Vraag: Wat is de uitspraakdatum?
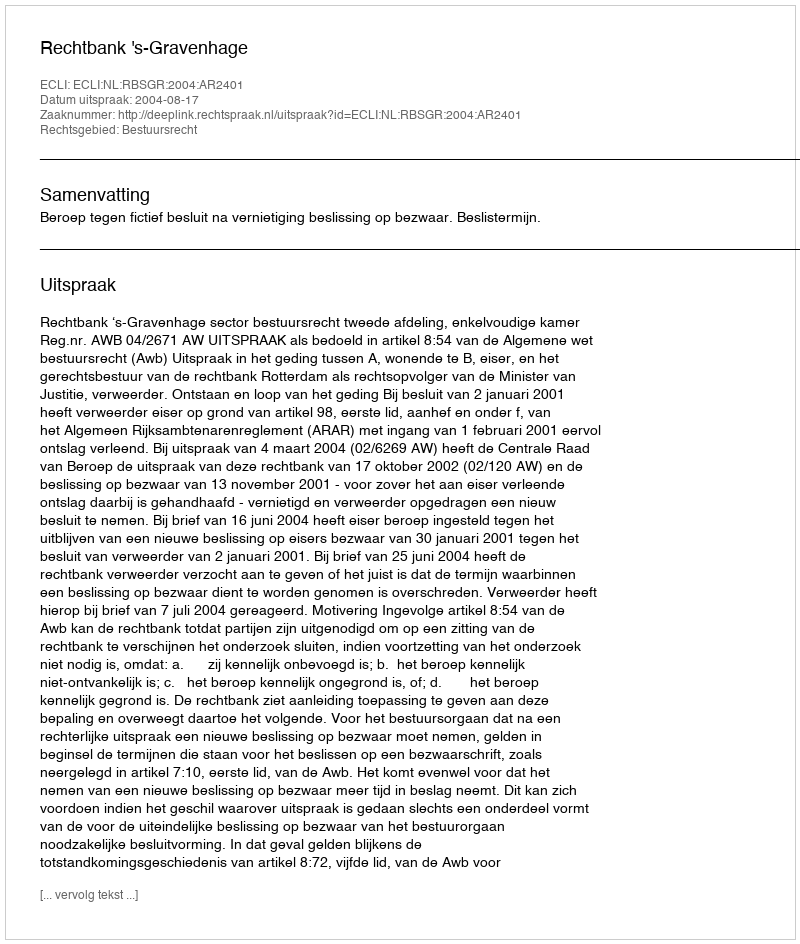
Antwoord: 2004-08-17